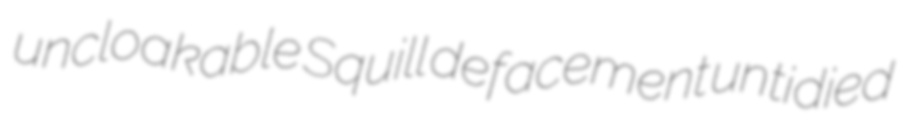
uncloakable Squill defacement untidied